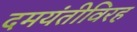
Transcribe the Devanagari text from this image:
दमयंतीविरह